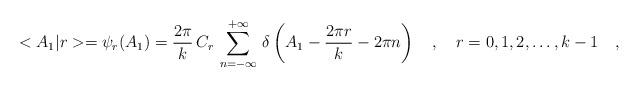
LaTeX: \begin{align*}<A_1|r>=\psi_r(A_1)=\frac{2\pi}{k}\,C_r\,\sum_{n=-\infty}^{+\infty}\,\delta\left(A_1-\frac{2\pi r}{k}-2\pi n\right)\ \ \ ,\ \ \ r=0,1,2,\dots,k-1\ \ \ ,\end{align*}